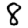
Digit: 8